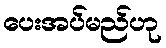
ပေးအပ်မည်ဟု